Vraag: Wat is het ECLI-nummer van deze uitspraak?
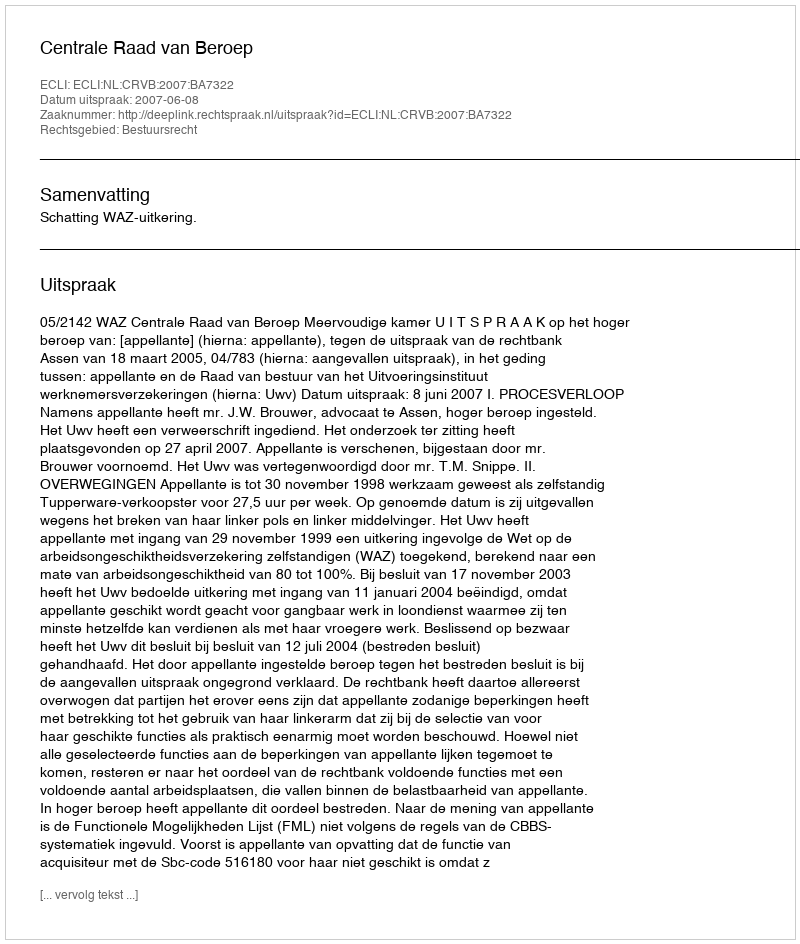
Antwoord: ECLI:NL:CRVB:2007:BA7322